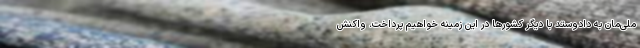
ملی‌مان به دادوستد با دیگر کشورها در این زمینه خواهیم پرداخت. واکنش